Lunatic asylums United Prov. 1922-30 - 1922-1930
Year: 1922
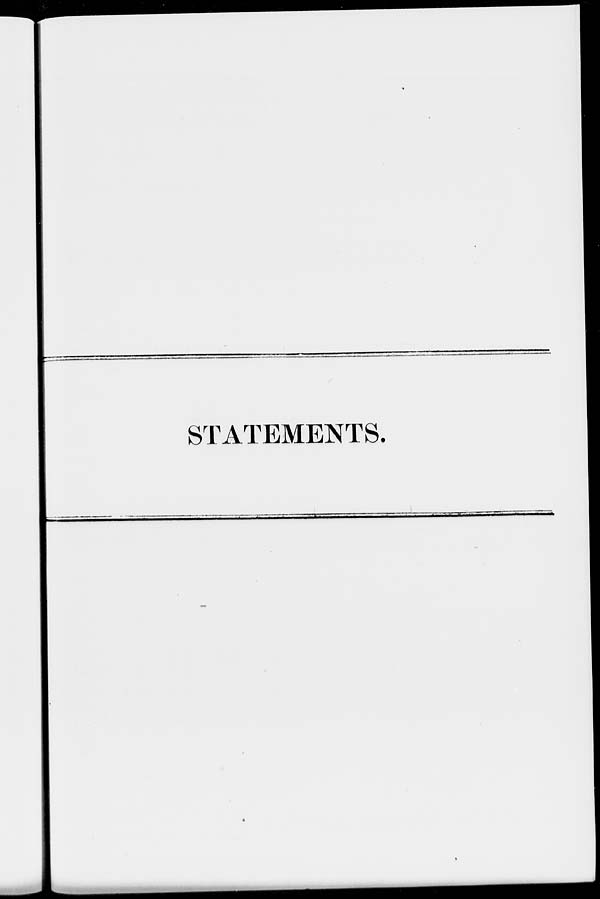
STATEMENTS.